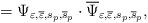
LaTeX: \begin{align*}=\Psi _{\varepsilon ,\overline{\varepsilon},s_p,\overline{s}_p}\cdot \overline{\Psi }_{\varepsilon,\overline{\varepsilon },s_p,\overline{s}_p} ,\end{align*}